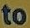
to